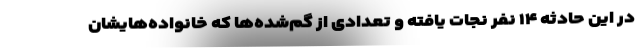
در این حادثه ۱۴ نفر نجات یافته و تعدادی از گم‌شده‌ها که خانواده‌هایشان